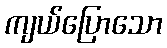
ကျယ်ပြောသော